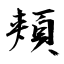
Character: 頬